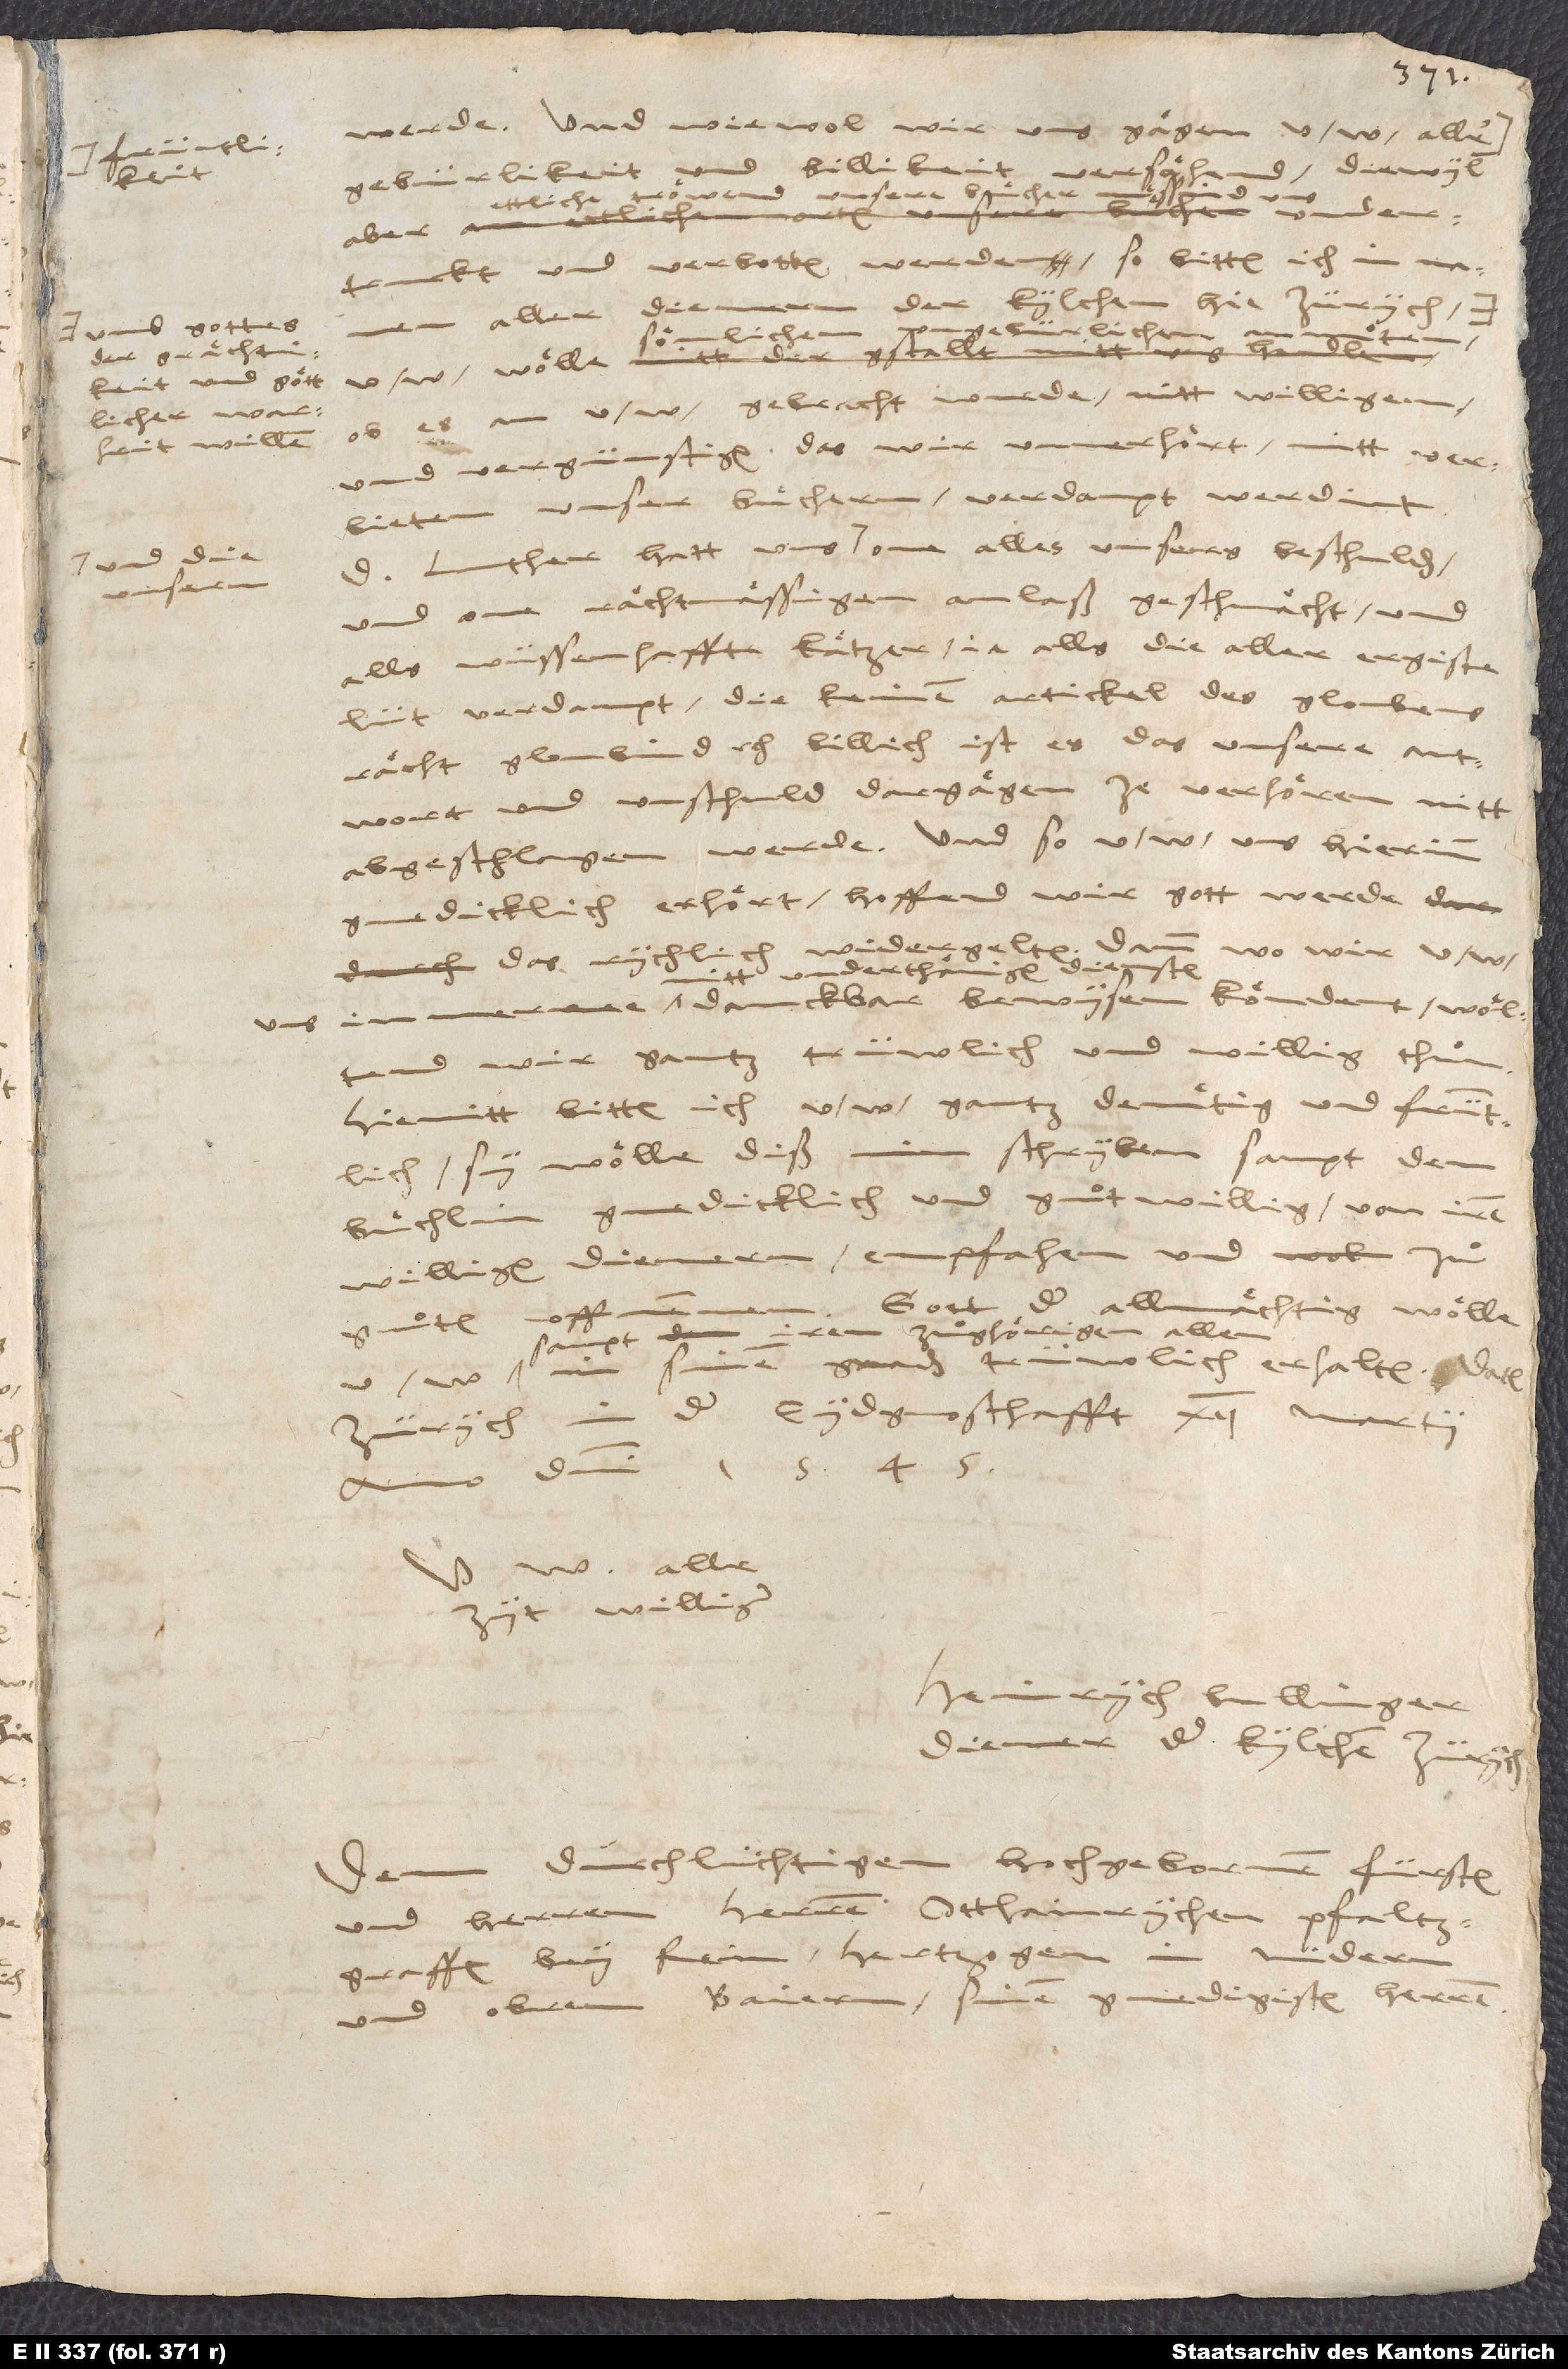
umb gottes
und die
unsern

werde. Und wiewol wir uns gaͤgen u. w. aller
versaͤhend, diewyl
gebürlikeit und billikeit
undertruckt und verbotten werden, so bitten ich
der kylchen hie Zürych
ob es an u. w. gebracht wurde, nitt willigen
und vergünstigen, das wir unverhoͤrt mitt verbieten
unser buͤchern verdampt werdint.
und one raͤchtmaͤssigen anlaß geschmaͤcht und
alls wüssenhaffte kaͤtzer, ja alls die aller ergiste
lüt verdampt, die keinen artickel des gloubens
raͤcht gloubind, etc. Billich ist es, das unsere antwort
und unschuld dargaͤgen ze verhoͤren nitt
abgeschlagen werde. Und so u. w. uns hierinn
gnedicklich erhoͤrt, hoffend wir, gott werde
widergelten. Dann
wo wir u. w.
diensten
danckbar bewysen koͤndent, woͤltend
wir gantz trüwlich und willig thuͦn.
Hiemitt bitten ich u. w. gantz demuͤtig und früntlich,
sy woͤlle diß min schryben sampt dem
buͤchlin gnedicklich und guͦtwillig von irem
dienern empfahen und zuͦ
willigen
Gott der allmaͤchtig woͤlle
guͦtem uffnemmen.
sampt iren zuͦghoͤrigen allen
sinen gnaden
erhalten.
in der eydgnoschafft, 12. martii
Zürych
domini 1545.
w. alle
zyt williger
Heinrych Bullinger,
diener der kylchen Zürych.